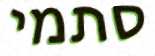
סתמי